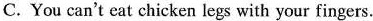
C. You can't eat chicken legs with your fingers.